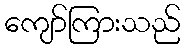
ကျော်ကြားသည်